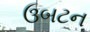
ઉબટન